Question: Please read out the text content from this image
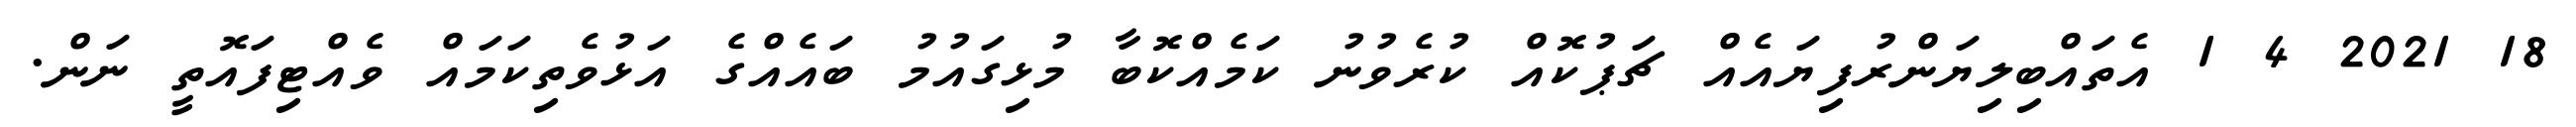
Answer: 18 2021 4 1 އެތައްބިލިޔަންރުފިޔައެއް ޗަޕުކޮއް ކުރެވުނު ކަމެއްކޮބާ މުޅިގައުމު ބައެއްގެ އަޅުވެތިކަމައް ވެއްޓިފައޮތީ ނަން.